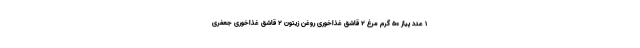
۱ عدد پیاز ۵۰ گرم مرغ ۲ قاشق غذاخوری روغن زیتون ۲ قاشق غذاخوری جعفری